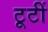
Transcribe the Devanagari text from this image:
टूटीं